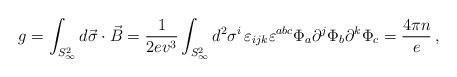
LaTeX: \begin{align*}g = \int_{S^{2}_{\infty}} d \vec{\sigma}\cdot \vec{B} = \frac{1}{2ev^{3}} \int_{S^{2}_{\infty}} d^{2}\sigma^{i} \, \varepsilon_{ijk}\varepsilon^{abc}\Phi_{a}\partial^{j}\Phi_{b}\partial^{k}\Phi_{c} = \frac{4\pi n}{e} \, ,\end{align*}